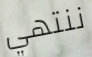
ننتهي